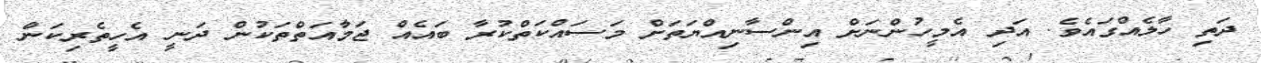
ދަތި ހާލެއްގައެވެ. އަދި އެމީހުންނަށް އިންސާނިއްޔަތަށް މަސައްކަތްކުރާ ބައެއް ޖަމާއަތްތަކުން ދަނީ އެހީތެރިކަން